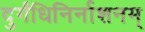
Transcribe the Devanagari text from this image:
दुर्गंधिनिर्नाशनम्